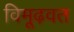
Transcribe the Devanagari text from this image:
विमूढ़वत